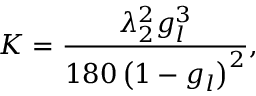
K = \frac { \lambda _ { 2 } ^ { 2 } g _ { l } ^ { 3 } } { 1 8 0 \left( 1 - g _ { l } \right) ^ { 2 } } ,